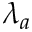
\lambda _ { a }